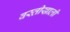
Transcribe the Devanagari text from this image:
वस्तीखाली